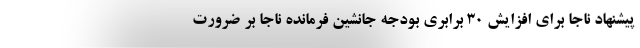
پیشنهاد ناجا برای افزایش ۳۰ برابری بودجه جانشین فرمانده ناجا بر ضرورت